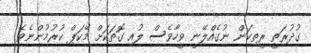
ގުދުރަތީ ރީތިކަން ނުގެއްލޭނީ ވީހާވެސް ލުއި ގޮތަކަށް މޭކަޕް ކުރުމުންނެވެ